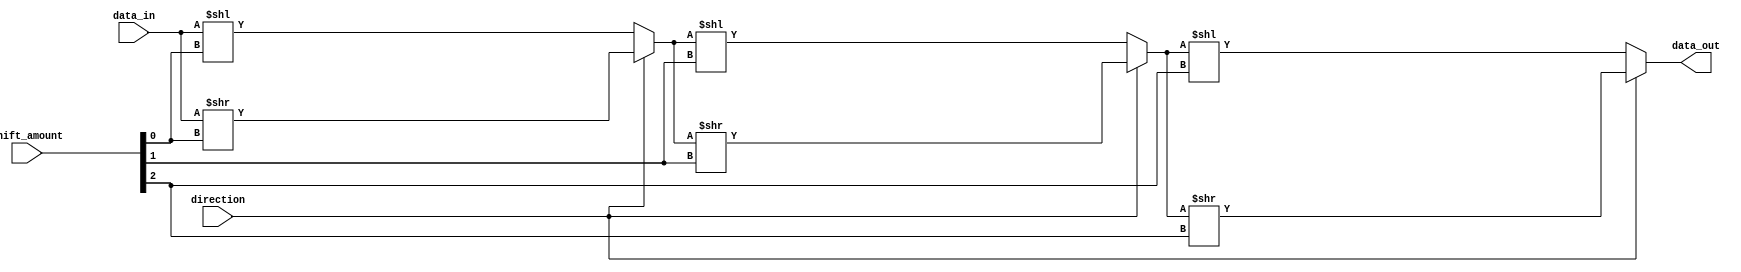
module barrel_shifter (
    input [7:0] data_in,
    input [2:0] shift_amount,
    input direction, // 0 for left shift, 1 for right shift
    output reg [7:0] data_out
);

// first stage
reg [7:0] stage_1_out;

always @(*) begin
    if(direction == 0) begin // left shift
        stage_1_out = data_in << shift_amount[0];
    end else begin // right shift
        stage_1_out = data_in >> shift_amount[0];
    end
end

// second stage
reg [7:0] stage_2_out;

always @(*) begin
    if(direction == 0) begin // left shift
        stage_2_out = stage_1_out << shift_amount[1];
    end else begin // right shift
        stage_2_out = stage_1_out >> shift_amount[1];
    end
end

// final stage
always @(*) begin
    if(direction == 0) begin // left shift
        data_out = stage_2_out << shift_amount[2];
    end else begin // right shift
        data_out = stage_2_out >> shift_amount[2];
    end
end

endmodule